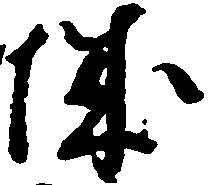
城